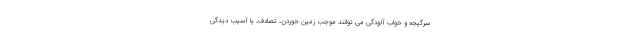
سرگیجه و خواب آلودگی می توانند موجب زمین خوردن، تصادف، یا آسیب دیدگی